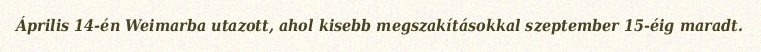
Április 14-én Weimarba utazott, ahol kisebb megszakításokkal szeptember 15-éig maradt.